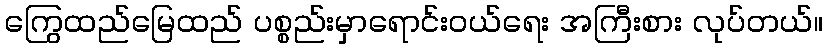
ကြွေထည်မြေထည် ပစ္စည်းမှာရောင်းဝယ်ရေး အကြီးစား လုပ်တယ်။